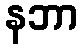
နဘာ